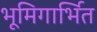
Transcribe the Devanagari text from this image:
भूमिगार्भित